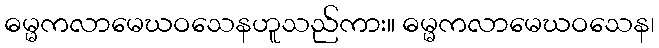
ဓမ္မကလာမေဃဝသေနဟူသည်ကား။ ဓမ္မကလာမေဃဝသေန၊